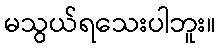
မသွယ်ရသေးပါဘူး။